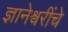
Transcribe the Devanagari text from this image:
ज्ञानेश्वरींचे